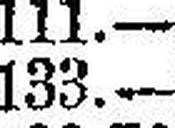
133.—